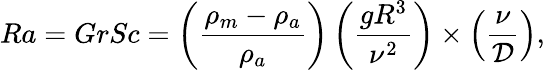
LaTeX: Ra=GrSc=\left(\frac{\rho_{m}-\rho_{a}}{\rho_{a}}\right)\left(\frac{g{R}^{3}}{\nu^{2}}\right)\times\left(\frac{\nu}{\cal D}\right),